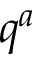
q ^ { a }